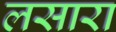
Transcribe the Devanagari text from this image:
लसारा